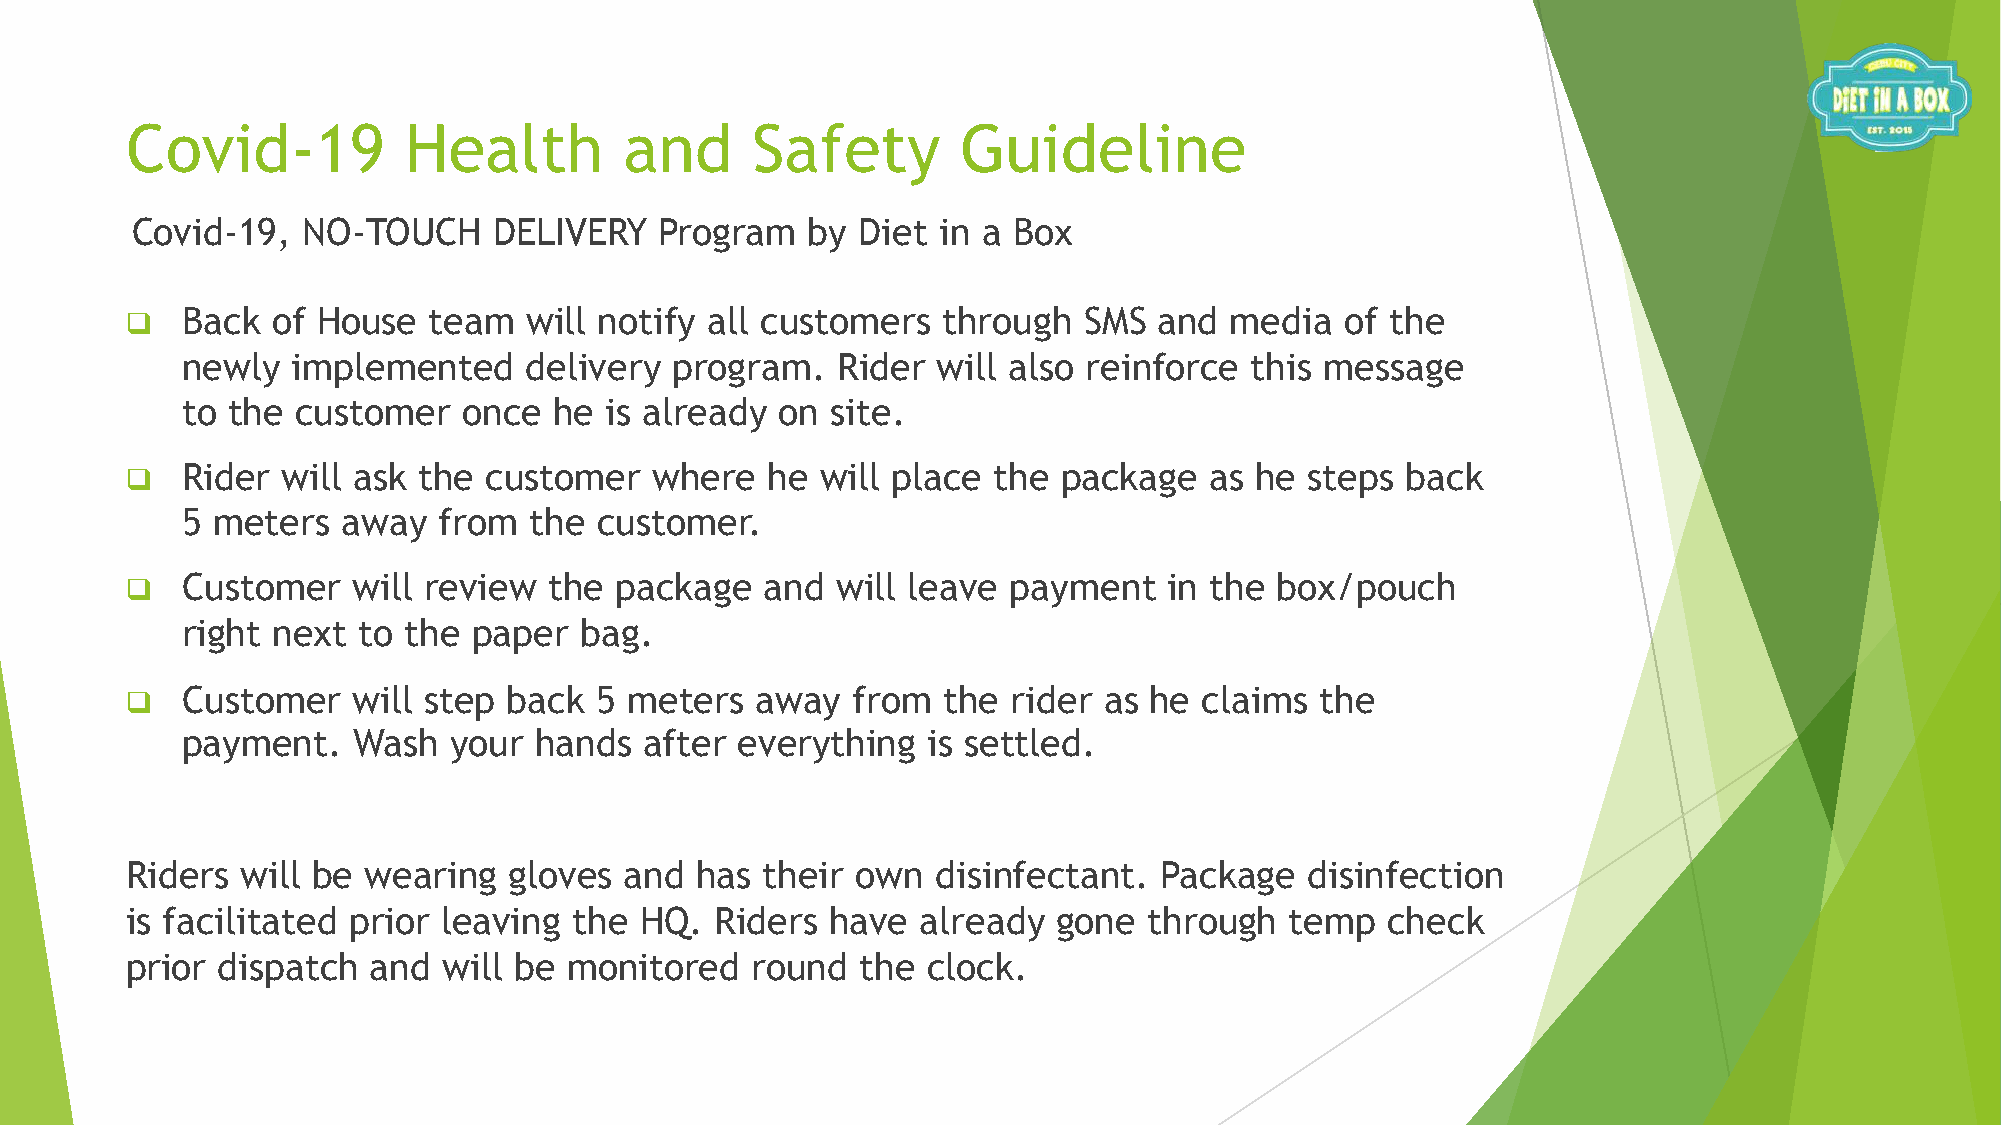
Covid-19           Health        and      Safety        Guideline
 Covid-19,  NO-TOUCH     DELIVERY   Program  by  Diet in a Box
 q   Back  of House  team   will notify all customers  through   SMS  and media   of the
 newly  implemented     delivery  program.  Rider  will also reinforce  this message
 to the  customer   once  he is already  on site.
 q   Rider  will ask the customer   where   he will place  the package   as he  steps back
 5 meters   away  from  the  customer.
 q   Customer   will review  the  package   and will leave  payment   in the  box/pouch
 right next  to the paper  bag.
 q   Customer   will step  back 5  meters  away  from  the  rider as he  claims the
 payment.   Wash   your hands   after everything  is settled.
 Riders  will be wearing   gloves and  has  their own  disinfectant.  Package   disinfection
 is facilitated prior leaving  the HQ.  Riders  have  already  gone  through  temp   check
 prior dispatch   and will be  monitored   round  the clock.